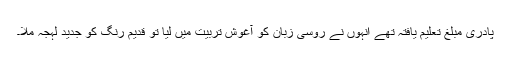
پادری مبلغ تعلیم یافتہ تھے انہوں نے روسی زبان کو آغوش تربیت میں لیا تو قدیم رنگ کو جدید لہجہ ملا۔